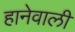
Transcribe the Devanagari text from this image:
हानेवाली